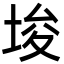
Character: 埈